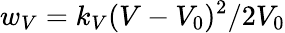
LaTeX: w_{V}=k_{V}(V-V_{0})^{2}/2V_{0}